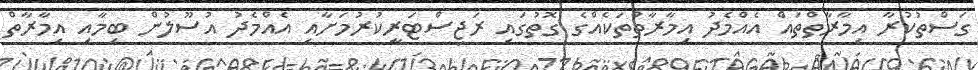
ގަސްތުކުރާ އިމާރާތްތައް އެއްމެދު އިމާރާތްތަކެއްގެ ގޮތުގައި ރަޖިސްޓަރީކުރުމަށާއި އެއްމެދު އުސޫލުން ބިމާއި އިމާރާތް